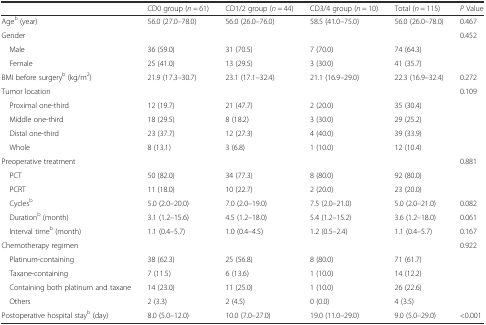
<table><thead><tr><td></td><td><b>CD0 group (<i>n</i> = 61)</b></td><td><b>CD1/2 group (<i>n</i> = 44)</b></td><td><b>CD3/4 group (<i>n</i> = 10)</b></td><td><b>Total (<i>n</i> = 115)</b></td><td><b><i>P</i> Value</b></td></tr></thead><tbody><tr><td>Age<sup>b</sup> (year)</td><td>56.0 (27.0–78.0)</td><td>56.0 (26.0–76.0)</td><td>58.5 (41.0–75.0)</td><td>56.0 (26.0–78.0)</td><td>0.467</td></tr><tr><td>Gender</td><td></td><td></td><td></td><td></td><td>0.452</td></tr><tr><td>Male</td><td>36 (59.0)</td><td>31 (70.5)</td><td>7 (70.0)</td><td>74 (64.3)</td><td></td></tr><tr><td>Female</td><td>25 (41.0)</td><td>13 (29.5)</td><td>3 (30.0)</td><td>41 (35.7)</td><td></td></tr><tr><td>BMI before surgery<sup>b</sup> (kg/m<sup>2</sup>)</td><td>21.9 (17.3–30.7)</td><td>23.1 (17.1–32.4)</td><td>21.1 (16.9–29.0)</td><td>22.3 (16.9–32.4)</td><td>0.272</td></tr><tr><td>Tumor location</td><td></td><td></td><td></td><td></td><td>0.109</td></tr><tr><td>Proximal one-third</td><td>12 (19.7)</td><td>21 (47.7)</td><td>2 (20.0)</td><td>35 (30.4)</td><td></td></tr><tr><td>Middle one-third</td><td>18 (29.5)</td><td>8 (18.2)</td><td>3 (30.0)</td><td>29 (25.2)</td><td></td></tr><tr><td>Distal one-third</td><td>23 (37.7)</td><td>12 (27.3)</td><td>4 (40.0)</td><td>39 (33.9)</td><td></td></tr><tr><td>Whole</td><td>8 (13.1)</td><td>3 (6.8)</td><td>1 (10.0)</td><td>12 (10.4)</td><td></td></tr><tr><td>Preoperative treatment</td><td></td><td></td><td></td><td></td><td>0.881</td></tr><tr><td>PCT</td><td>50 (82.0)</td><td>34 (77.3)</td><td>8 (80.0)</td><td>92 (80.0)</td><td></td></tr><tr><td>PCRT</td><td>11 (18.0)</td><td>10 (22.7)</td><td>2 (20.0)</td><td>23 (20.0)</td><td></td></tr><tr><td>Cycles<sup>b</sup></td><td>5.0 (2.0–20.0)</td><td>7.0 (2.0–19.0)</td><td>7.5 (2.0–21.0)</td><td>5.0 (2.0–21.0)</td><td>0.082</td></tr><tr><td>Duration<sup>b</sup> (month)</td><td>3.1 (1.2–15.6)</td><td>4.5 (1.2–18.0)</td><td>5.4 (1.2–15.2)</td><td>3.6 (1.2–18.0)</td><td>0.061</td></tr><tr><td>Interval time<sup>b</sup> (month)</td><td>1.1 (0.4–5.7)</td><td>1.0 (0.4–4.5)</td><td>1.2 (0.5–2.4)</td><td>1.1 (0.4–5.7)</td><td>0.167</td></tr><tr><td>Chemotherapy regimen</td><td></td><td></td><td></td><td></td><td>0.922</td></tr><tr><td>Platinum-containing</td><td>38 (62.3)</td><td>25 (56.8)</td><td>8 (80.0)</td><td>71 (61.7)</td><td></td></tr><tr><td>Taxane-containing</td><td>7 (11.5)</td><td>6 (13.6)</td><td>1 (10.0)</td><td>14 (12.2)</td><td></td></tr><tr><td>Containing both platinum and taxane</td><td>14 (23.0)</td><td>11 (25.0)</td><td>1 (10.0)</td><td>26 (22.6)</td><td></td></tr><tr><td>Others</td><td>2 (3.3)</td><td>2 (4.5)</td><td>0 (0.0)</td><td>4 (3.5)</td><td></td></tr><tr><td>Postoperative hospital stay<sup>b</sup> (day)</td><td>8.0 (5.0–12.0)</td><td>10.0 (7.0–27.0)</td><td>19.0 (11.0–29.0)</td><td>9.0 (5.0–29.0)</td><td>&lt;0.001</td></tr></tbody></table>